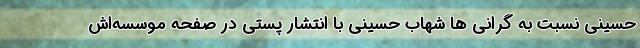
حسینی نسبت به گرانی ها شهاب حسینی با انتشار پستی در صفحه موسسه‌اش